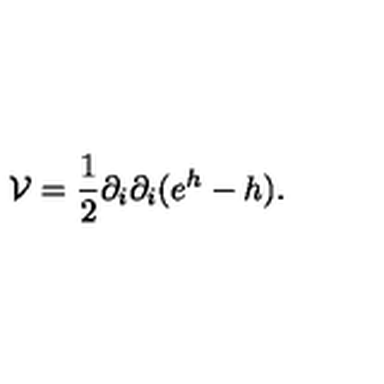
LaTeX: { \mathcal { V } } = \frac { 1 } { 2 } \partial _ { i } \partial _ { i } ( e ^ { h } - h ) .